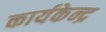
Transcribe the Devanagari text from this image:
कार्यकेन्द्र